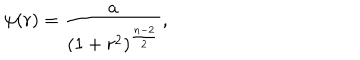
LaTeX: \psi ( r ) = { \frac { a } { ( 1 + r ^ { 2 } ) ^ { \frac { n - 2 } { 2 } } } } ,